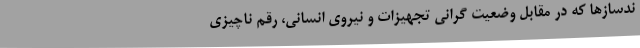
ندسازها که در مقابل وضعیت گرانی تجهیزات و نیروی انسانی، رقم ناچیزی